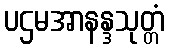
ပဌမအာနန္ဒသုတ္တံ